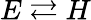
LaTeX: E\rightleftarrows H